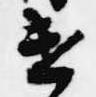
遣